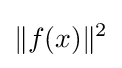
\|f(x)\|^{2}